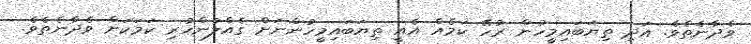
ވެދާނެތެވެ. އަދި ތިޔަބައިމީހުން ރުހޭ ކަމެއް އެއީ ތިޔަބައިމީހުންނަށް ގެއްލުންހުރި ކަމަކަށް ވެދާނެތެވެ.